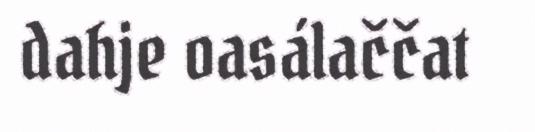
dahje oasálaččat